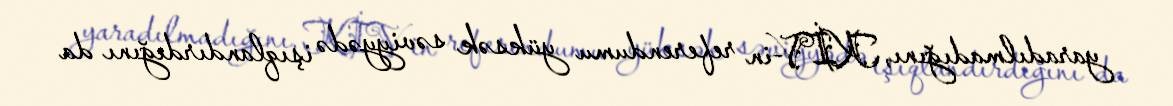
yaradılmadığını, KİV-in referendumu yüksək səviyyədə işıqlandırdığını da